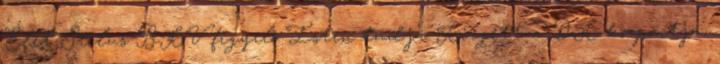
Élet-Stílus BKV figyelő Isten tudja Kiégett a DK központja,